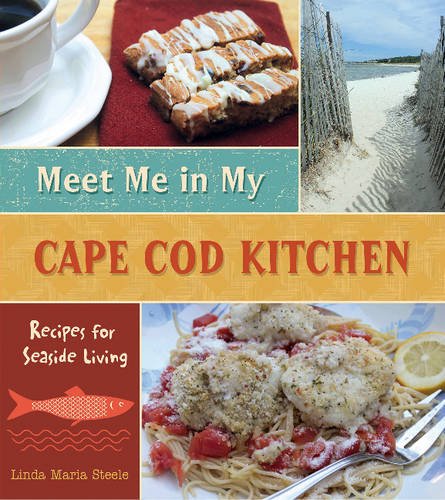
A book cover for Meet Me in My Cape Cod Kitchen: Recipes for Seaside Living; Linda Maria Steele; Cookbooks, Food & Wine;